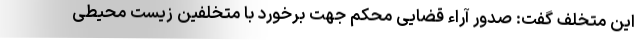
این متخلف گفت: صدور آراء قضایی محکم جهت برخورد با متخلفین زیست محیطی